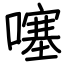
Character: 噻